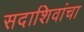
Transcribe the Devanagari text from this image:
सदाशिवांचा